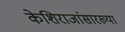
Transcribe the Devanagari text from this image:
केशिराजांसारख्या